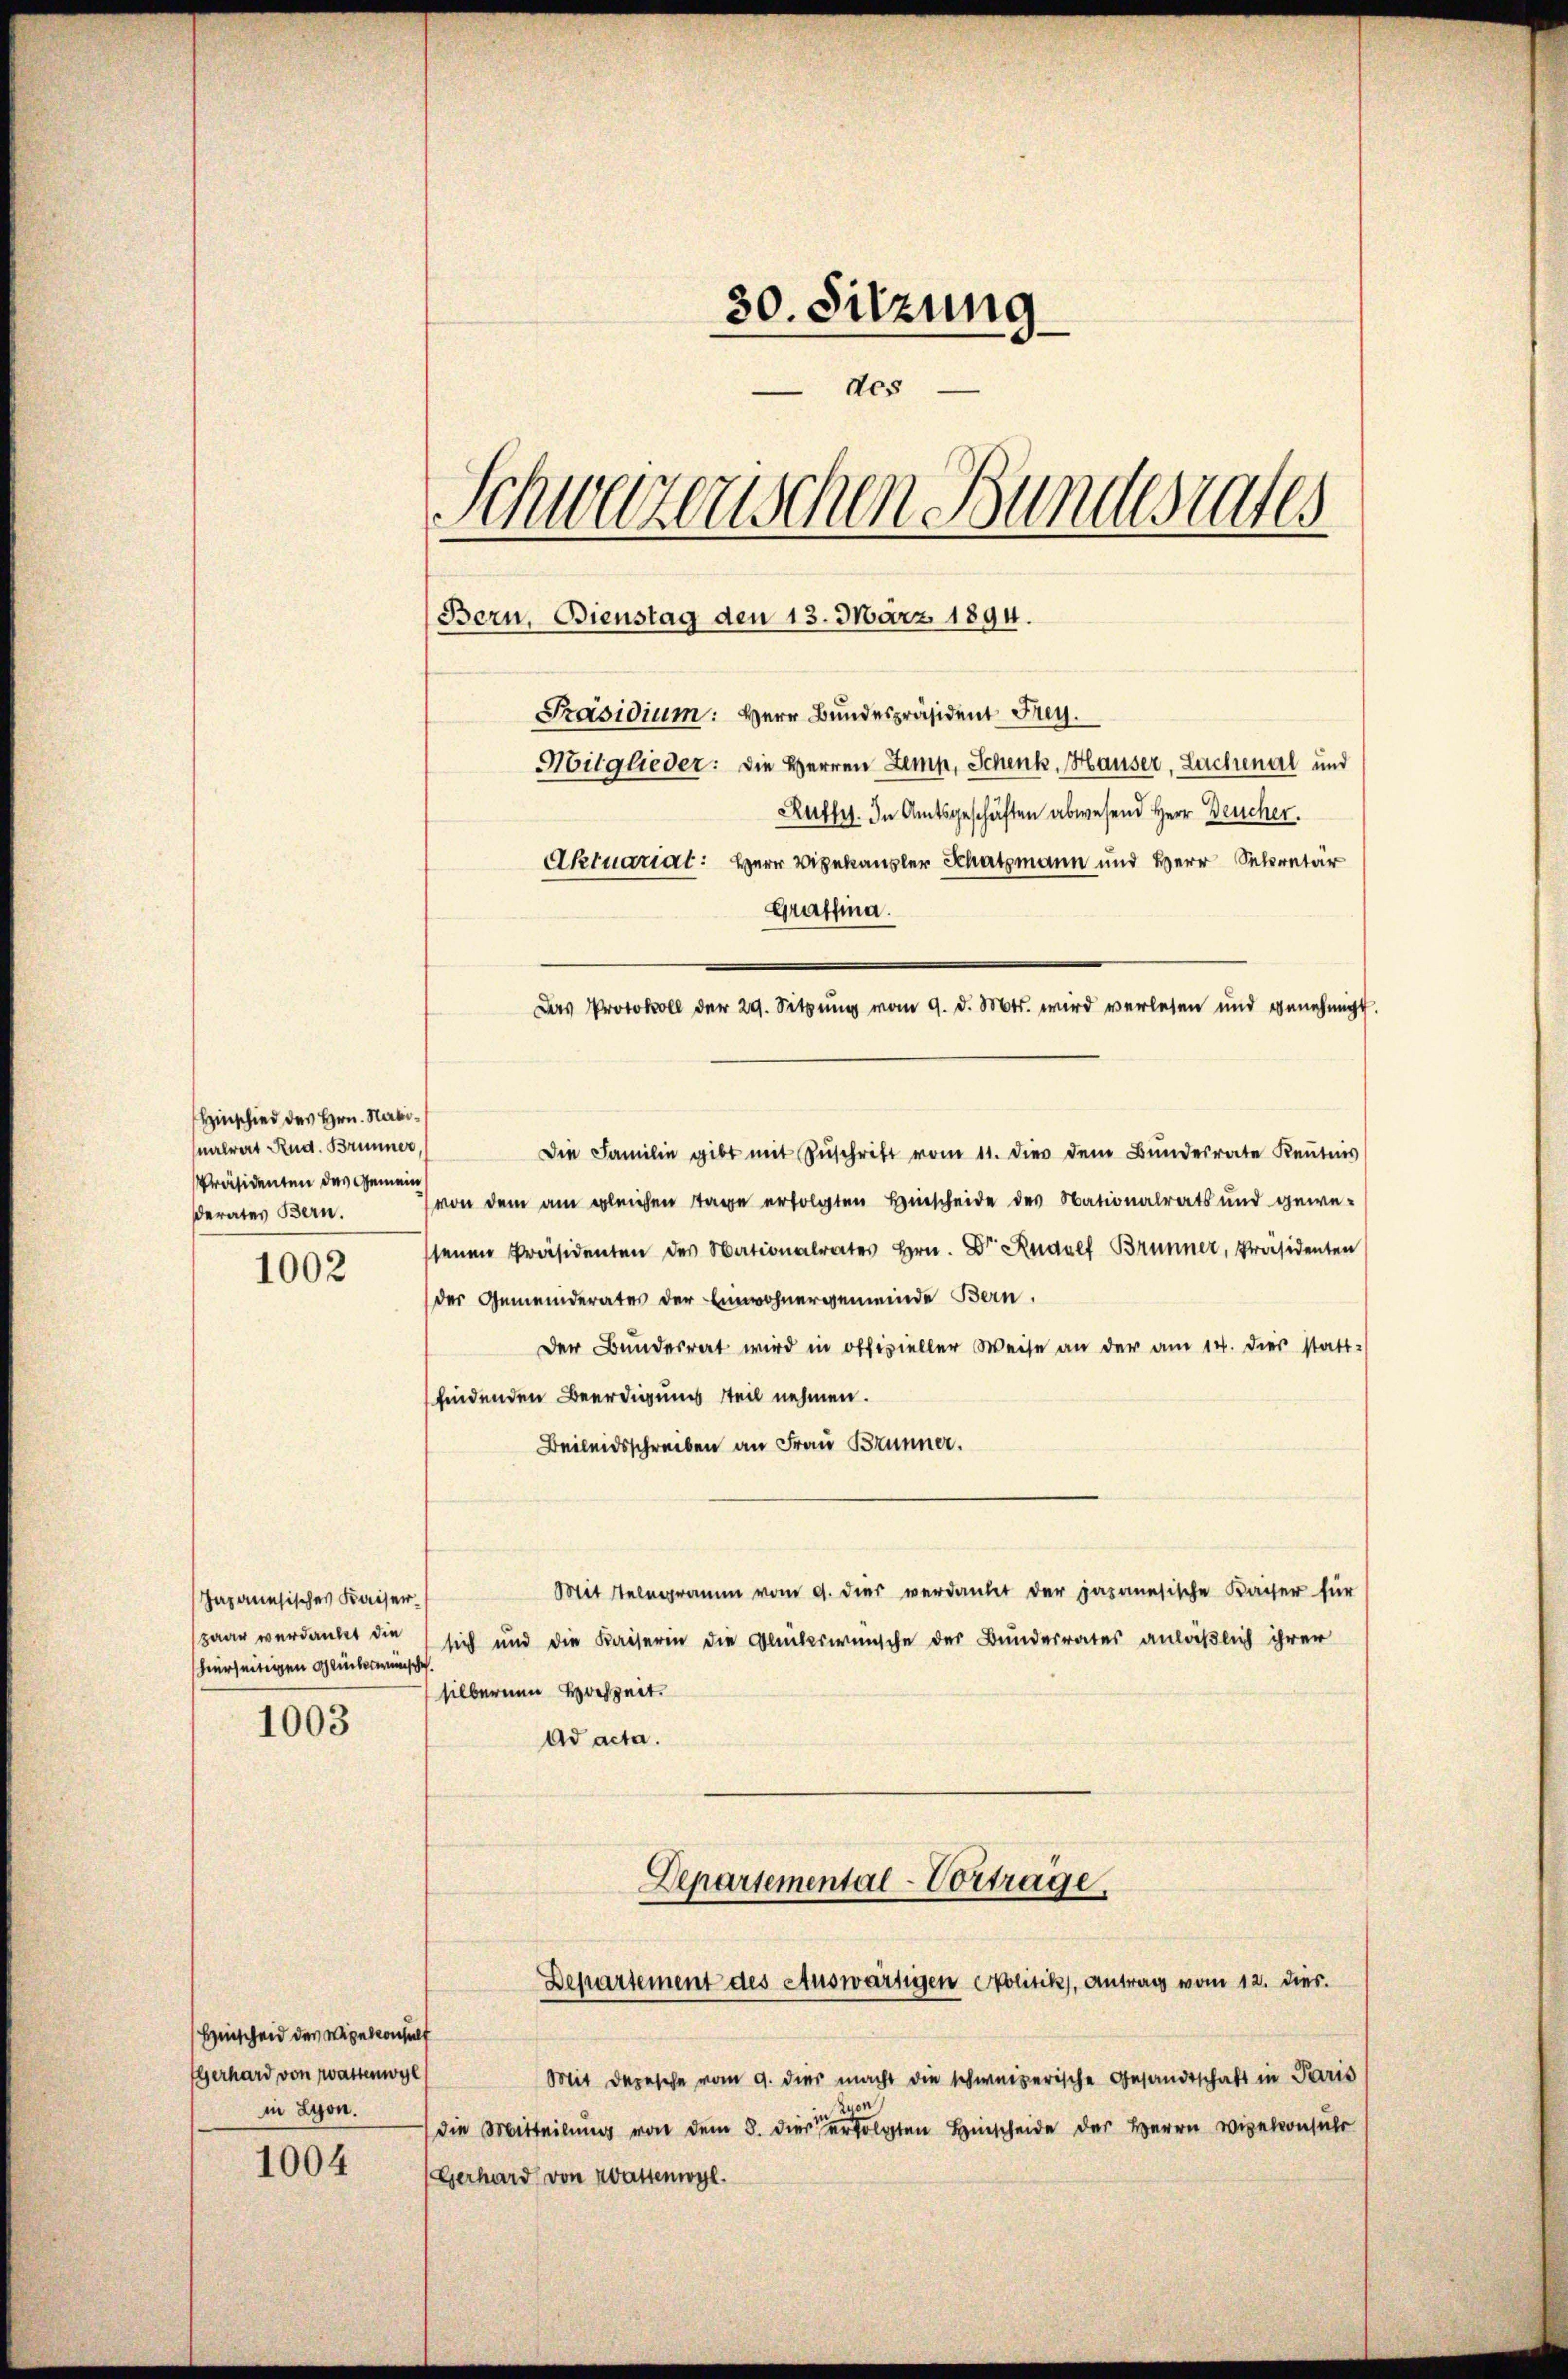
Hinschied des Hrn. Natonalrat Rud. Brunner,
Präsidenten des Gemein
erates Bern.

1002

Japanesisches Kaiserpaar verdanket die
hierseitigen Glückwünsche

1003

Hinscheid des Wigekonsult
Eberhard von Wattenwyl
in Lyon.

1004

30. Sitzung
des
Schwarzerischen Bundesrates
Bern, Bienstag den 13. März 1894.
Präsidium: Herr Bundespräsident Frey.
Mitglieder: die Herren Lemp, Schenk, Hauser, Lachenal und
Rutht. In Amtsgeschäften abwesend Herr Deucher.
Aktuarial: Herr Vizekanzler Schatzmann und Herr Secretär
Graffina.

Die Familie gibt mit Zŭschrift vom 11. dies dem Bŭndesrate Keṅtnis
von dem am gleichen Tage erfolgten Hinscheide des Nationalrats und gewesenen Präsidenten des Nationalrates Hrn. Dr. Rudolf Brünner, Präsidenten
der Gemeinderates der Einwohnergemeinde Bern.
Der Bundesrat wird in offizieller Weise an der am 14. dies statt-
findenden Beerdigung steil nehmen.
Beileidsschreiben an Frau Brunner.
Mit Telegramm vom 9. dies verdankt der japanesische Kaiser für
sich und die Kaiserin die Glückerwünsche der Bunderrates anläßlich ihrer
silbernen Hochzeit.
Ad acta.
Departemental-Vortrage

Das Protokoll der 29. Sitzung vom 9. d. Mts. wird verlesen und genehmigt.

Departement des Auswärtigen Politik, Antrag vom 12. dies

Mit Depesche vom 9. dies macht die schweizerische Gesandtschaft in Paris
die Mitteilung von dem 8. dieserten Hinscheide der Herrn Vizekonsul
Gerhard von Wassengl.